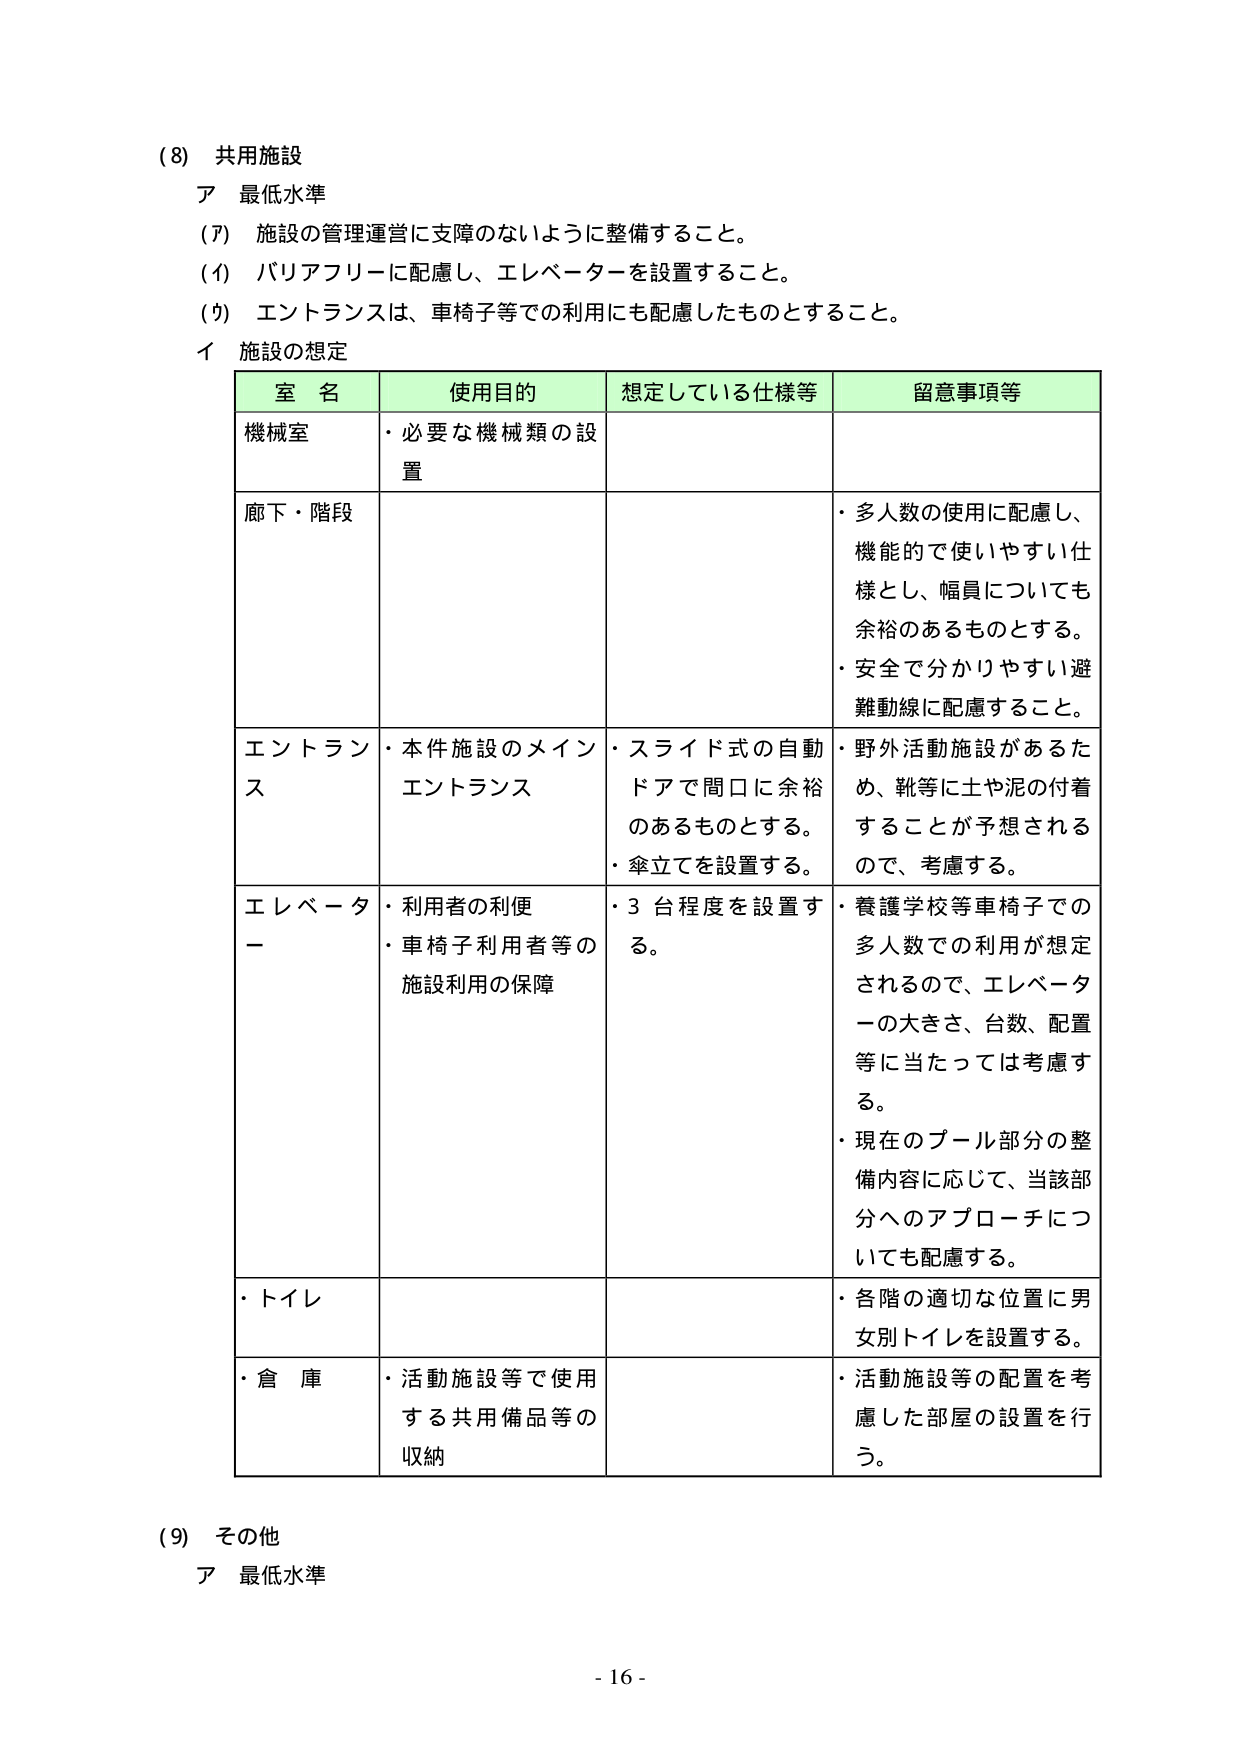
(8) 共用施設
ア 最低水準
(ア) 施設の管理運営に支障のないように整備すること。
(イ) バリアフリーに配慮し、エレベーターを設置すること。
(ウ) エントランスは、車椅子等での利用にも配慮したものとすること。
イ 施設の想定

| 室 名 | 使用目的 | 想定している仕様等 | 留意事項等 |
|--------|----------|------------------|------------|
| 機械室 | ・必要な機械類の設置 | | |
| 廊下・階段 | | | ・多人数の使用に配慮し、機能的で使いやすい仕様とし、幅員についても余裕のあるものとする。<br>・安全で分かりやすい避難動線に配慮すること。 |
| エントランス | ・本件施設のメインエントランス | ・スライド式の自動ドアで間口に余裕のあるものとする。<br>・傘立てを設置する。 | ・野外活動施設があるため、靴等に土や泥の付着することが予想されるので、考慮する。 |
| エレベーター | ・利用者の利便<br>・車椅子利用者等の施設利用の保障 | ・3台程度を設置する。 | ・養護学校等車椅子での多人数での利用が想定されるので、エレベーターの大きさ、台数、配置等に当たっては考慮する。<br>・現在のプール部分の整備内容に応じて、当該部分へのアプローチについても配慮する。 |
| ・トイレ | | | ・各階の適切な位置に男女別トイレを設置する。 |
| ・倉庫 | ・活動施設等で使用する共用備品等の収納 | | ・活動施設等の配置を考慮した部屋の設置を行う。 |

(9) その他
ア 最低水準

- 16 -